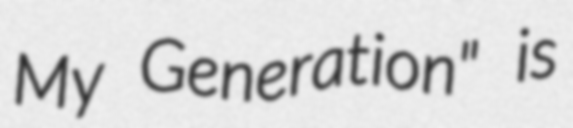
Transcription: My Generation" is